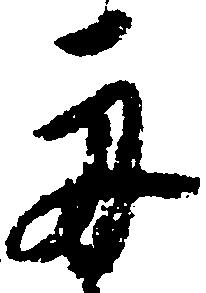
舟